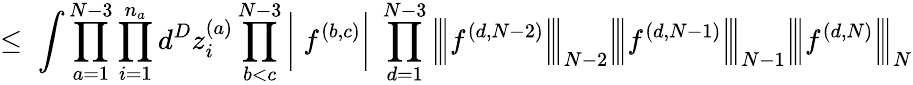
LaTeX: \leq\; \int\prod_{a=1}^{N-3}\prod_{i=1}^{n_{a}}d^{D}z_{i}^{(a)}\prod_{b<c}^{N-3}\bigg|\; f^{(b,c)}\bigg|\; \prod_{d=1}^{N-3}\Big|\! \Big|\! \Big|f^{(d,N-2)}\Big|\! \Big|\! \Big|_{N-2}\Big|\! \Big|\! \Big|f^{(d,N-1)}\Big|\! \Big|\! \Big|_{N-1}\Big|\! \Big|\! \Big|f^{(d,N)}\Big|\! \Big|\! \Big|_{N}